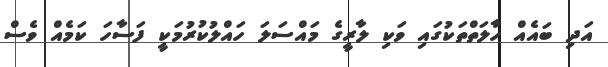
އަދި ބައެއް ހާލަތްތަކުގައި ވަކި ލާރީގެ މައްސަލަ ހައްލުކުރުމަކީ ފަސާހަ ކަމެއް ވެސް